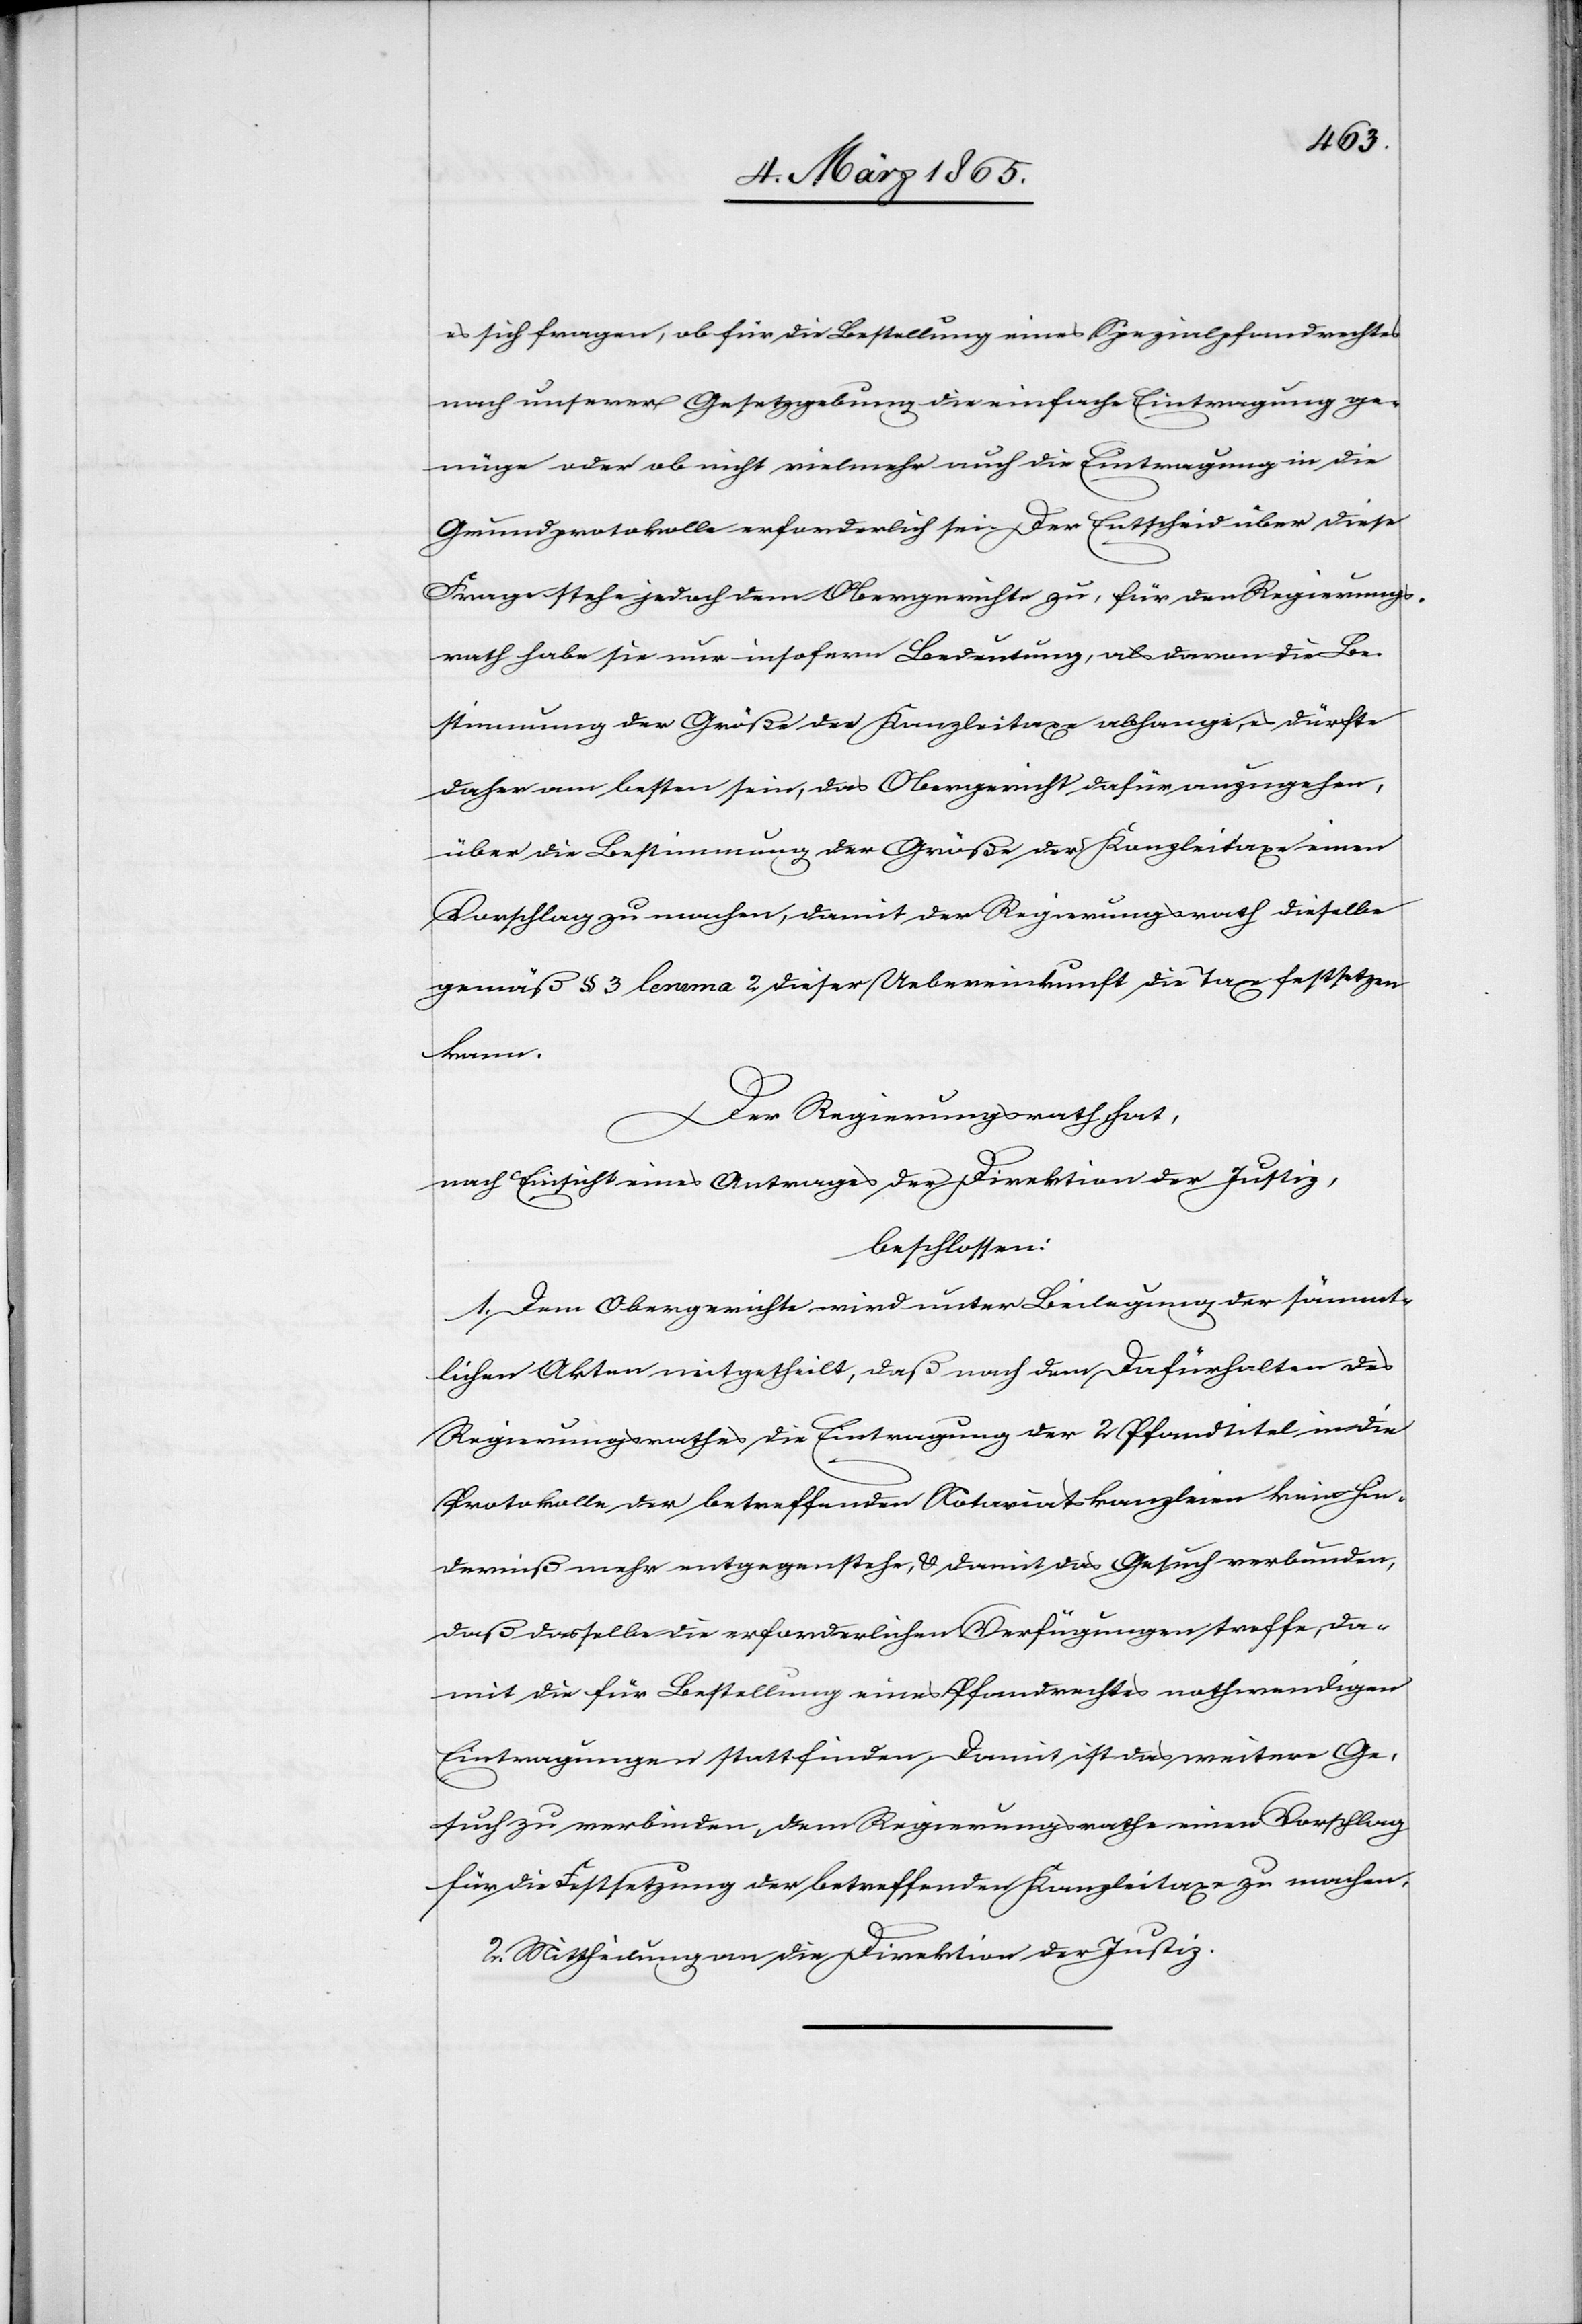
es sich fragen, ob für die Bestellung eines Spezialpfandrechtes
nach unserer Gesetzgebung die einfache Eintragung ge¬
nüge oder ob nicht vielmehr auch die Eintragung in die
Grundprotokolle erforderlich sei. Der Entscheid über diese
Frage stehe jedoch dem Obergericht zu, für den Regierungs¬
rath habe sie nur insofern Bedeutung, als davon die Be¬
stimmung der Größe der Kanzleitaxe abhange, es dürfte
daher am besten sein, das Obergericht dafür anzugehen,
über die Bestimmung der Größe der Kanzleitaxe einen
Vorschlag zu machen, damit der Regierungsrath dieselbe
gemäß § 3 lemma 2 dieser Uebereinkunft die Taxe festsetzen
kann.
Der Regierungsrath hat,
nach Einsicht eines Antrages der Direktion der Justiz,
beschlossen:
1. Dem Obergerichte wird unter Beilegung der sämmt¬
lichen Akten mitgetheilt, daß nach dem Dafürhalten des
Regierungsrathes die Eintragung der 2 Pfandtitel in die
Protokolle der betreffenden Notariatskanzleien kein Hin¬
derniß mehr entgegenstehe, u. damit das Gesuch verbunden,
daß dasselbe die erforderlichen Verfügungen treffe, da¬
mit die für Bestellung eines Pfandrechtes nothwendigen
Eintragungen stattfinden. Damit ist das weitere Ge¬
such zu verbinden, dem Regierungsrathe einen Vorschlag
für die Festsetzung der betreffenden Kanzleitaxe zu machen.
2. Mittheilung an die Direktion der Justiz.